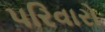
પરિવારો